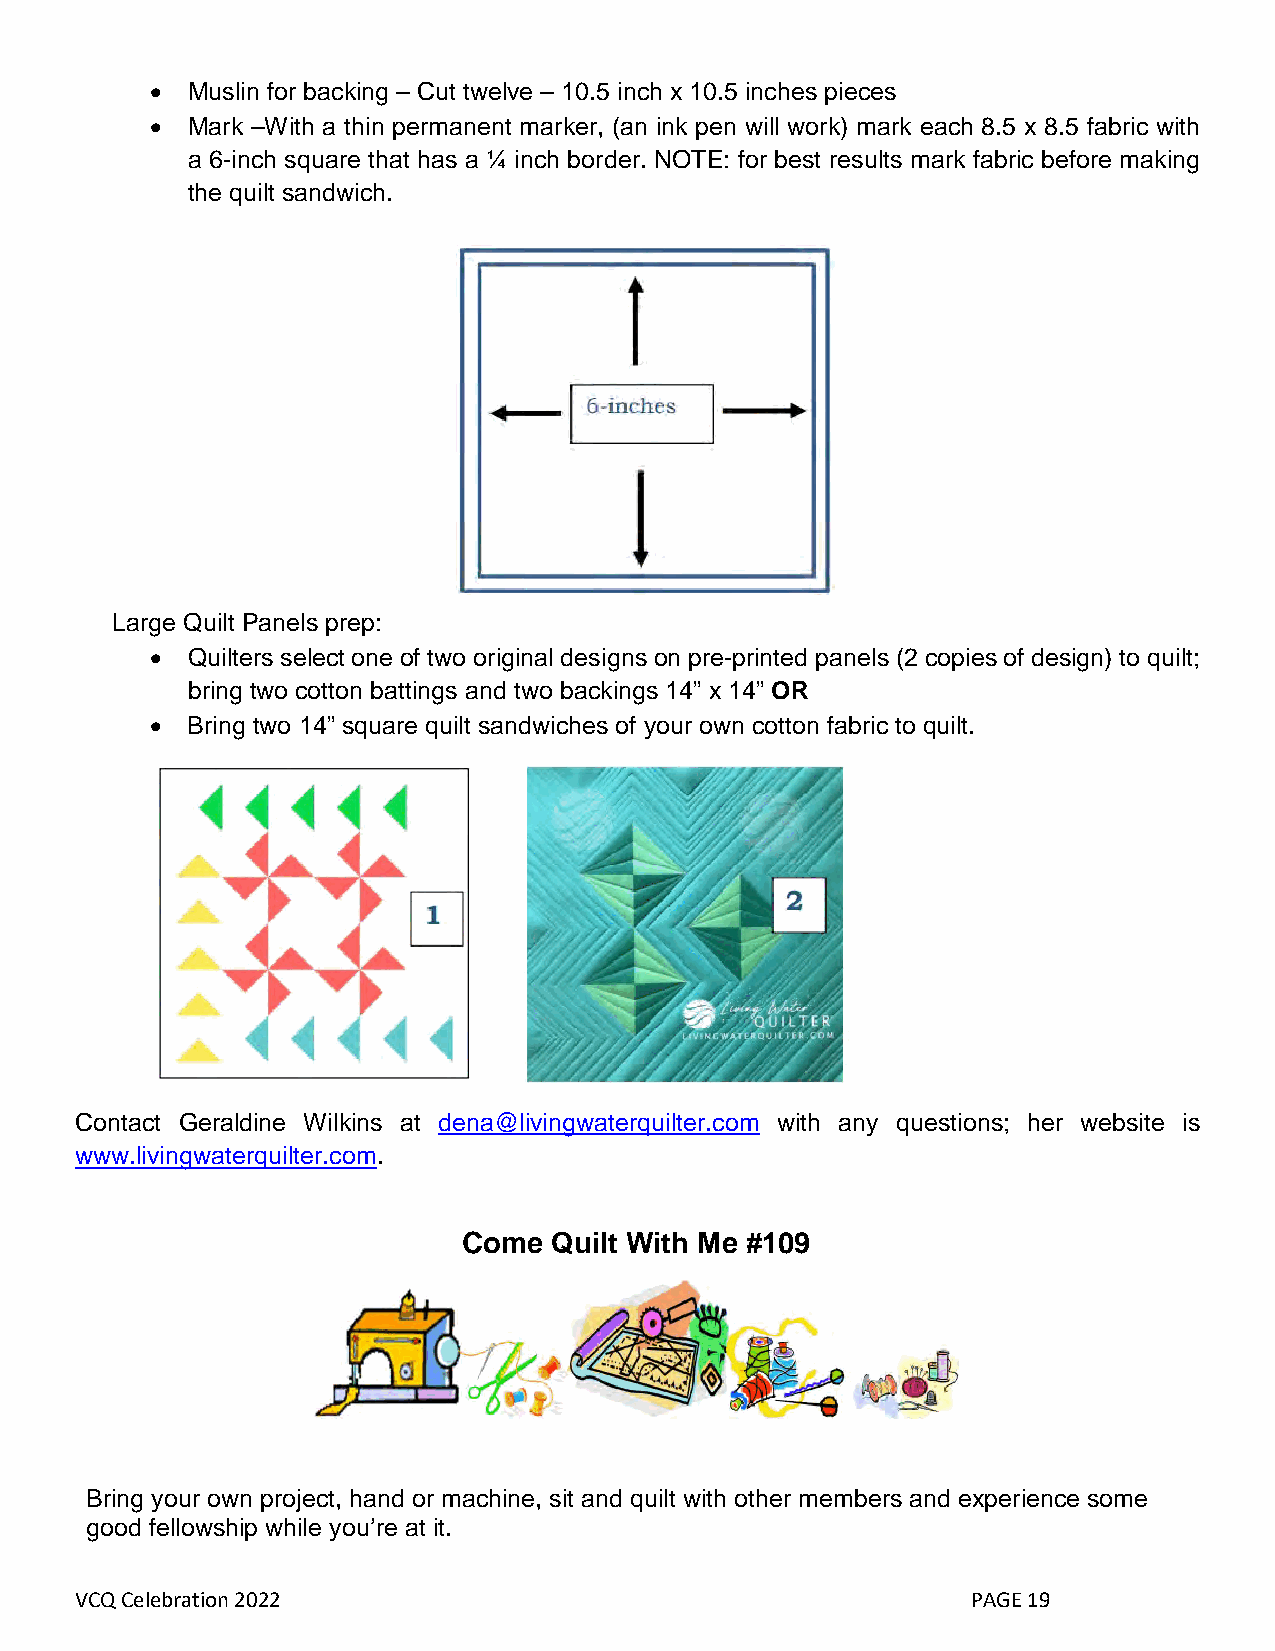
• Muslin for backing – Cut twelve – 10.5 inch x 10.5 inches pieces
 • Mark –With a thin permanent marker, (an ink pen will work) mark each 8.5 x 8.5 fabric with
 a 6-inch square that has a ¼ inch border. NOTE: for best results mark fabric before making
 the quilt sandwich.
 Large Quilt Panels prep:
 • Quilters select one of two original designs on pre-printed panels (2 copies of design) to quilt;
 bring two cotton battings and two backings 14” x 14” OR
 • Bring two 14” square quilt sandwiches of your own cotton fabric to quilt.
 Contact Geraldine Wilkins at dena@livingwaterquilter.com with any questions; her website is
 www.livingwaterquilter.com.
 Come  Quilt With Me #109
 Bring your own project, hand or machine, sit and quilt with other members and experience some
 good fellowship while you’re at it.
 VCQ Celebration 2022                                       PAGE 19